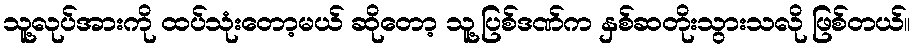
သူ့လုပ်အားကို ထပ်သုံးတော့မယ် ဆိုတော့ သူ့ပြစ်ဒဏ်က နှစ်ဆတိုးသွားသလို ဖြစ်တယ်။